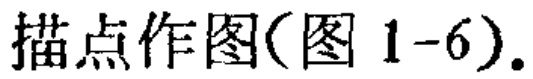
描点作图(图 1-6).